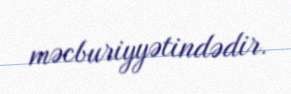
məcburiyyətindədir.